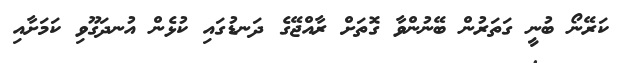
ކަރޭނޯ ބުނީ ގަތަރުން ބޭނުންވާ ގޮތަށް ރާއްޖޭގެ ދަނޑުގައި ކުޅެން އުނދަގޫވި ކަމަށާއި